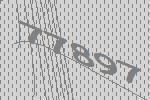
77897